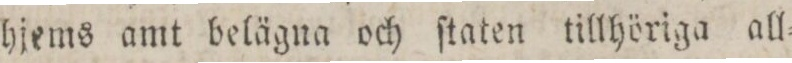
hjems amt belägna och ſtaten tillhöriga all=